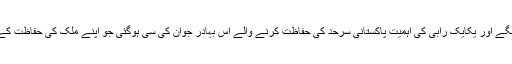
دیکھتے ہی دکھتے رابی پیرزادہ کی بہادری اور جرات کے قصے بھارت کے گھر گھر میں گونجنے لگے اور یکایک رابی کی اہمیت پاکستانی سرحد کی حفاظت کرنے والے اس بہادر جوان کی سی ہوگئی جو اپنے ملک کی حفاظت کے لیے اپنی جان قربان کرنے کا حوصلہ رکھتا ہے اور یہی حوصلہ بھارتیوں کی ناک میں دم کردیتا ہے۔